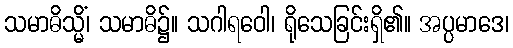
သမာဓိသ္မိံ၊ သမာဓိ၌။ သဂါရဝေါ၊ ရိုသေခြင်းရှိ၏။ အပ္ပမာဒေ၊